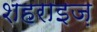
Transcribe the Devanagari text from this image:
शहराइज़